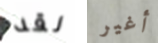
لقد أغير